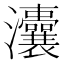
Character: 灢